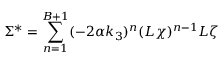
\Sigma ^ { * } = \sum _ { n = 1 } ^ { B + 1 } ( - 2 \alpha k _ { 3 } ) ^ { n } ( L \chi ) ^ { n - 1 } L \zeta